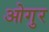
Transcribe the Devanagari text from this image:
ओगुर